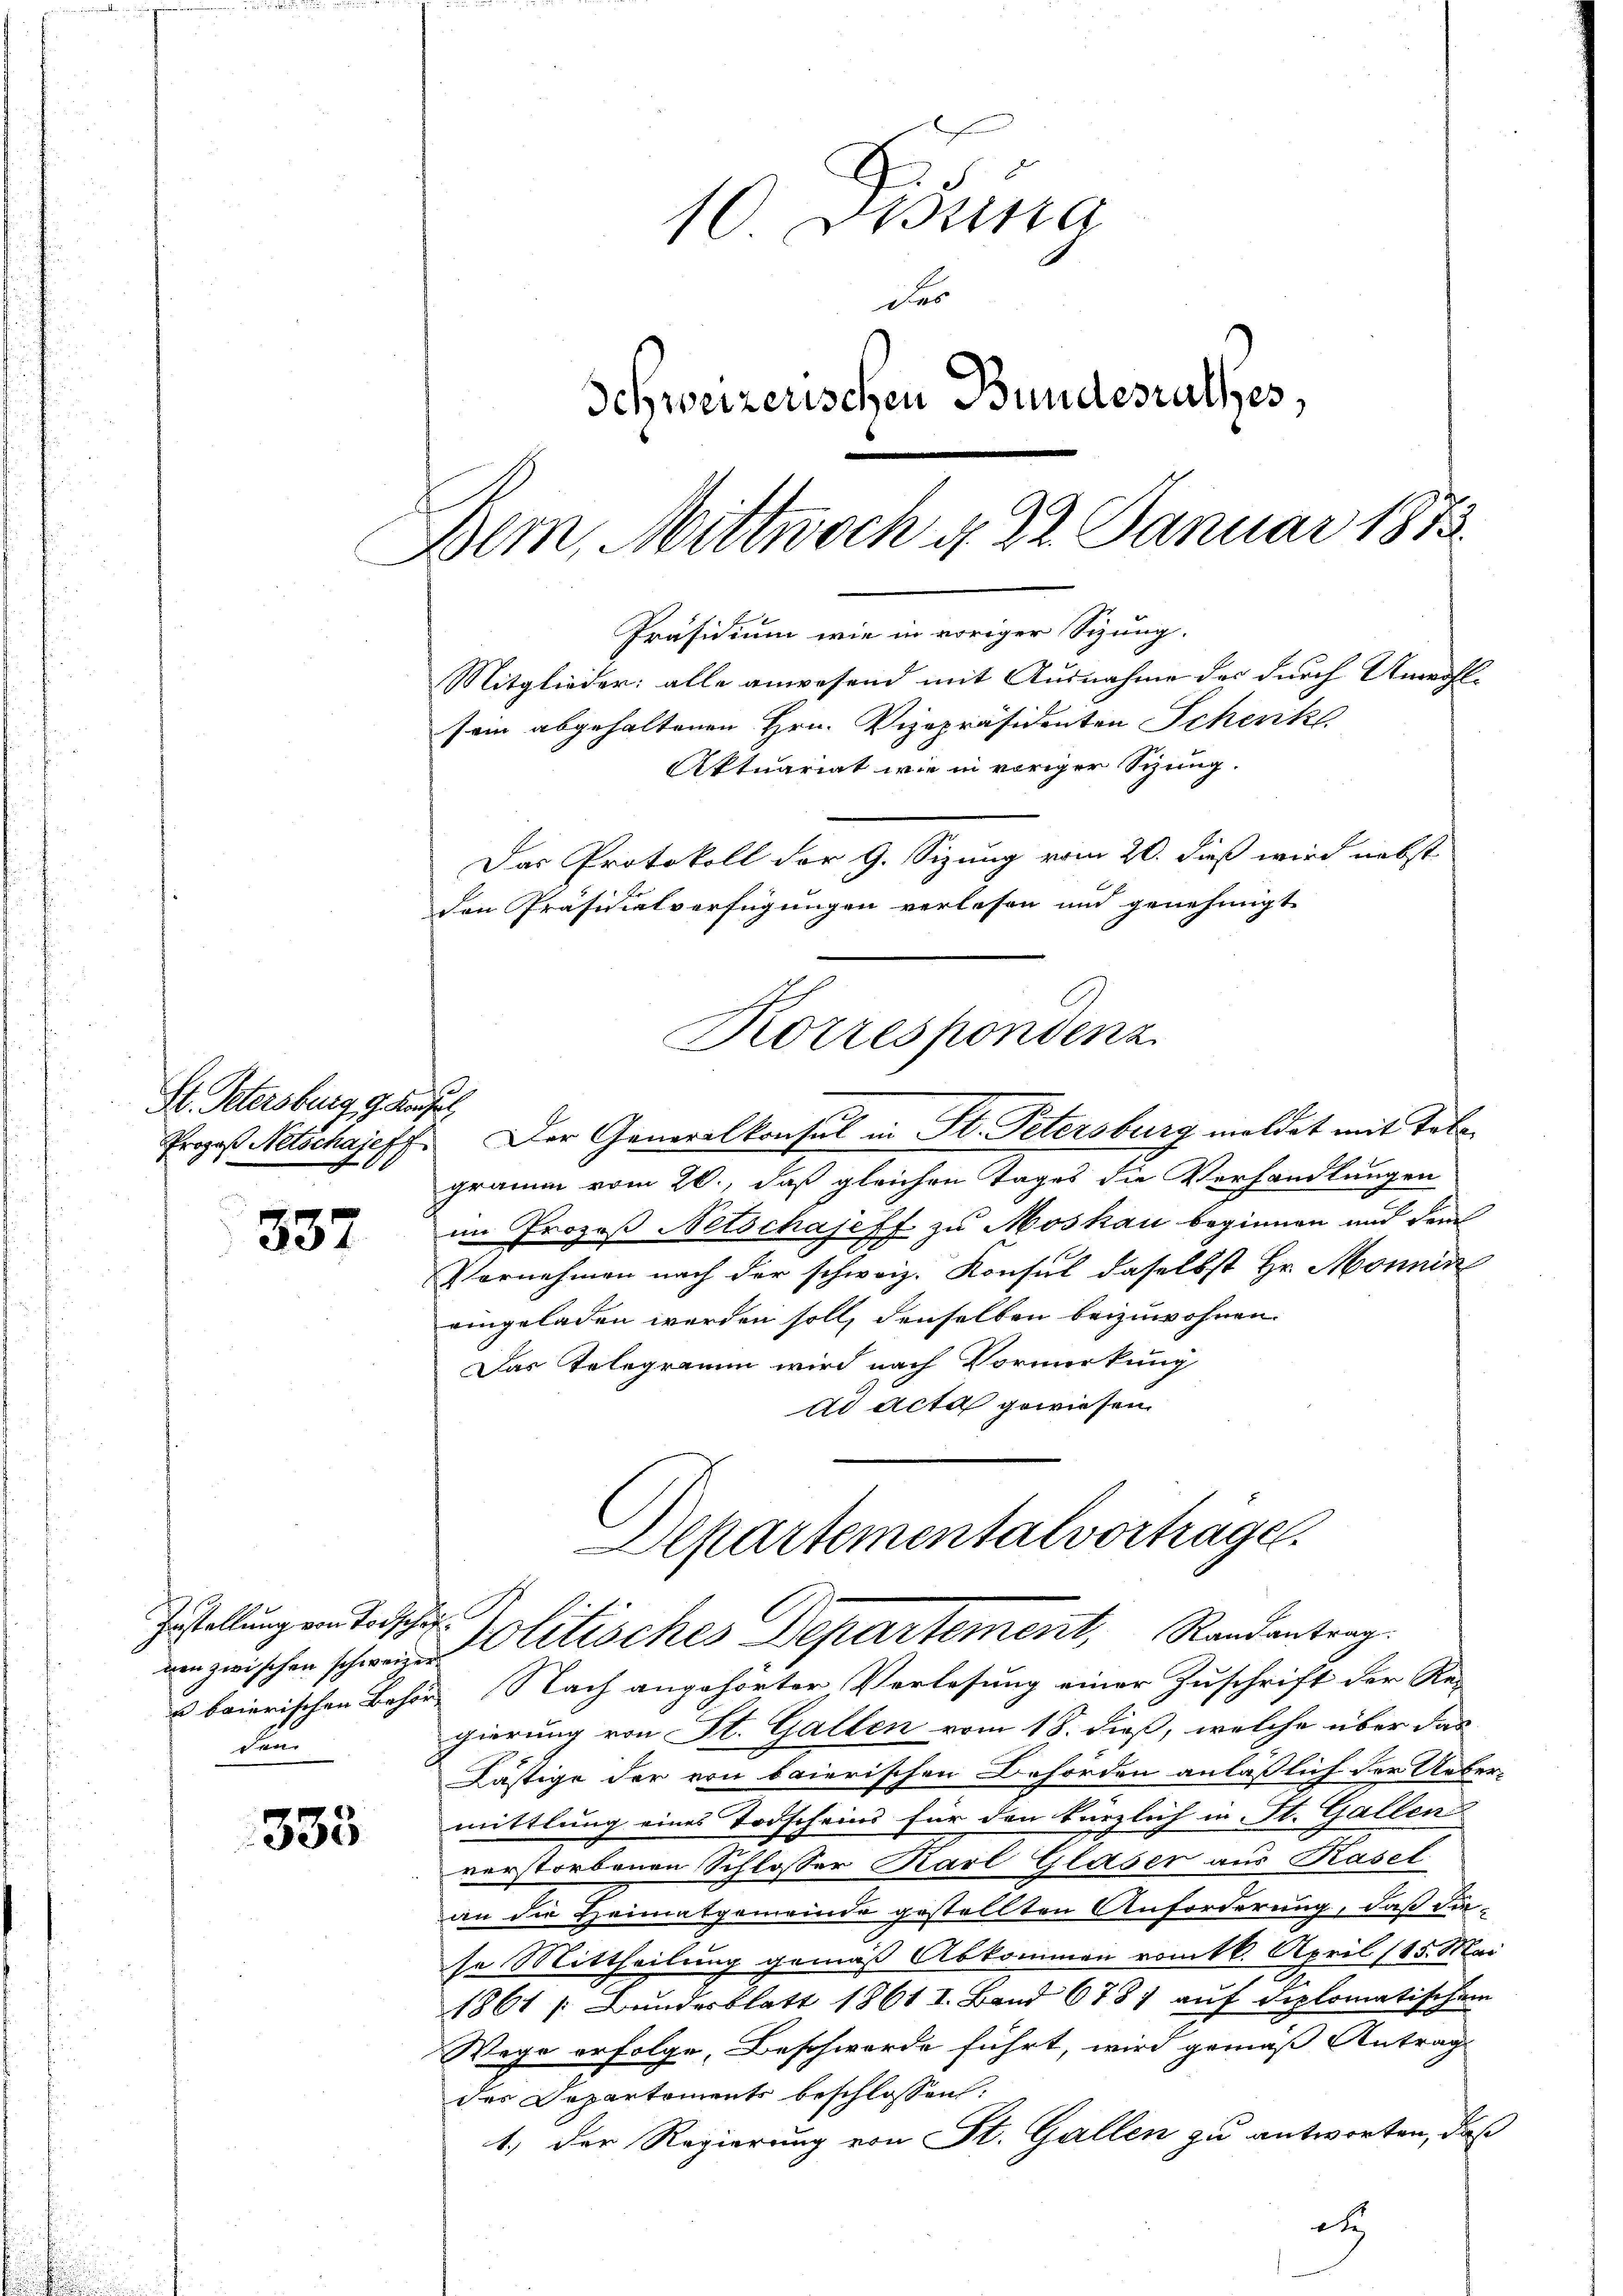
St. Petersburg 19. Augus

337

Zustellung von Todschaf
nen zwischen schweizer.
u baierischen Behör-
du

333

10. Disena
das
Schweizerischen Bundesrathes,
Bem, Mittwoch d. 22. Januar 1873.
Präsidium wie in voriger Sizung.

den Präsidialverfügungen verlesen und genehmigt
Korrespondenz

Propos Netschajeff. Der Generalkonsul in St. Petersburg meldet mit Tologramm vom 20., daß gleichen Tages die Verhandlungen
im Prozeß Netschajeff zu Moskau beginnen und dem
Vornehmen nach der schweiz. Konsul daselbst Hr. Monnin
eingeladen werden soll, denselben beizuwohnen.
Das Telegramm wird nach Vormerkung
dd acta gewiesen.
Departementalvortragen.

Mitglieder: alle anwesend mit Ausnahme der durch Unwohl
sein abgehaltenen Hrn. Vizepräsidenten Schenk
Aktuariat wie in voriger Sitzung.
Das Protokoll der G. Sizung vom 20. dieß wird nebst

Nach angehörter Verlesung einer Zuschrift der Re-
gierung von St. Gallen vom 18. dieß, welche über das
Lästige der von baierischen Behörden anläßlich der Uebermittlung eines Todscheins für den kürzlich in St. Gallen
verstorbenen Schlosser Karl Glaser aus Kasel
an die Heimatgemeinde gestellten Anforderung, daß diese Mittheilung gemäß Abkommen vom t k. April (15. Mai
e
1861 [Bundesblatt 1861 I. Band 6787 auf diplomatischem
Wege erfolge, Beschwerde führt, wird gemäß Antrag
der Departements beschlossen:
1.) Der Regierung von St. Gallen zu antworten, daß
d

Politisches Departement, Randentrag.